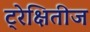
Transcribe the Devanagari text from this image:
ट्रेक्षितीज